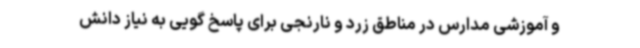
و آموزشی مدارس در مناطق زرد و نارنجی برای پاسخ گویی به نیاز دانش‌